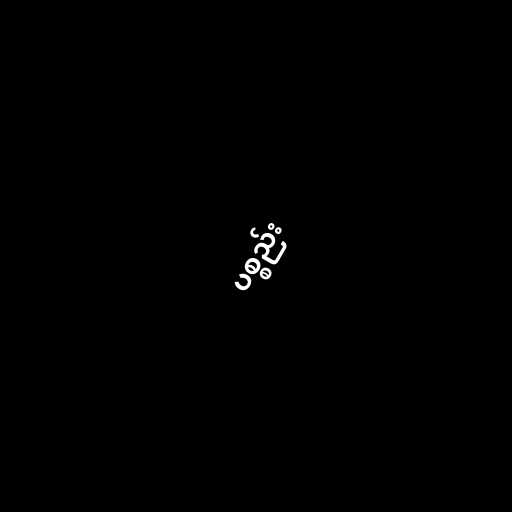
ပစ္စည်း